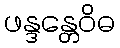
ဖန္ဒန္တေဝိဓ